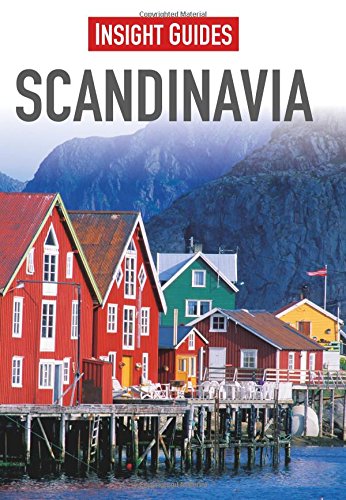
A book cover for Insight Guides: Scandinavia; Insight Guides; Travel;